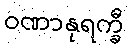
ဝဏာနုရက္ခီ